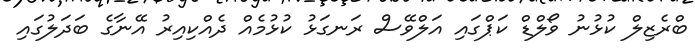
ބްރެޒިލް ކުޅުނު ވޯލްޑް ކަޕްގައި އަލްވޭސް ރަނގަޅު ކުޅުމެއް ދެއްކިއިރު އޭނާގެ ބަދަލުގައި